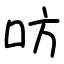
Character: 㕫